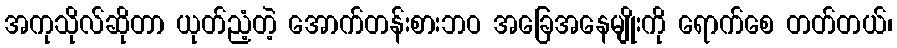
အကုသိုလ်ဆိုတာ ယုတ်ညံ့တဲ့ အောက်တန်းစားဘဝ အခြေအနေမျိုးကို ရောက်စေ တတ်တယ်၊